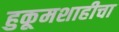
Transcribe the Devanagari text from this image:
हुकूमशाहीचा